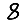
Digit: 8